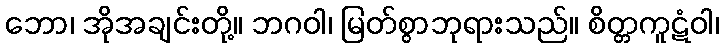
ဘော၊ အိုအချင်းတို့။ ဘဂဝါ၊ မြတ်စွာဘုရားသည်။ စိတ္တကူဋံဝါ၊